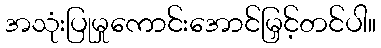
အသုံးပြုမှုကောင်းအောင်မြှင့်တင်ပါ။